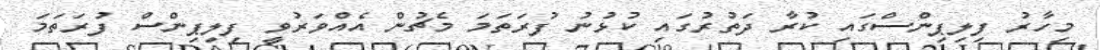
މިހާރު ފިލިޕިންސްގައި ކުރާ ދަތުރުގައި ކުޅުނު ފުރަތަމަ މެޗުން އެއްވަރުވީ ފިލިޕިންސް ފުރަތަމަ